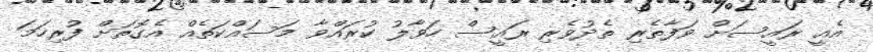
އެއީ ރައީސަށް ވަފާތެރި ތެދުވެރި ރައީސް ހަވާލު ކުރައްވާ މަސައްކަތެއް އެގޮތަށް ފުރިހަމަ